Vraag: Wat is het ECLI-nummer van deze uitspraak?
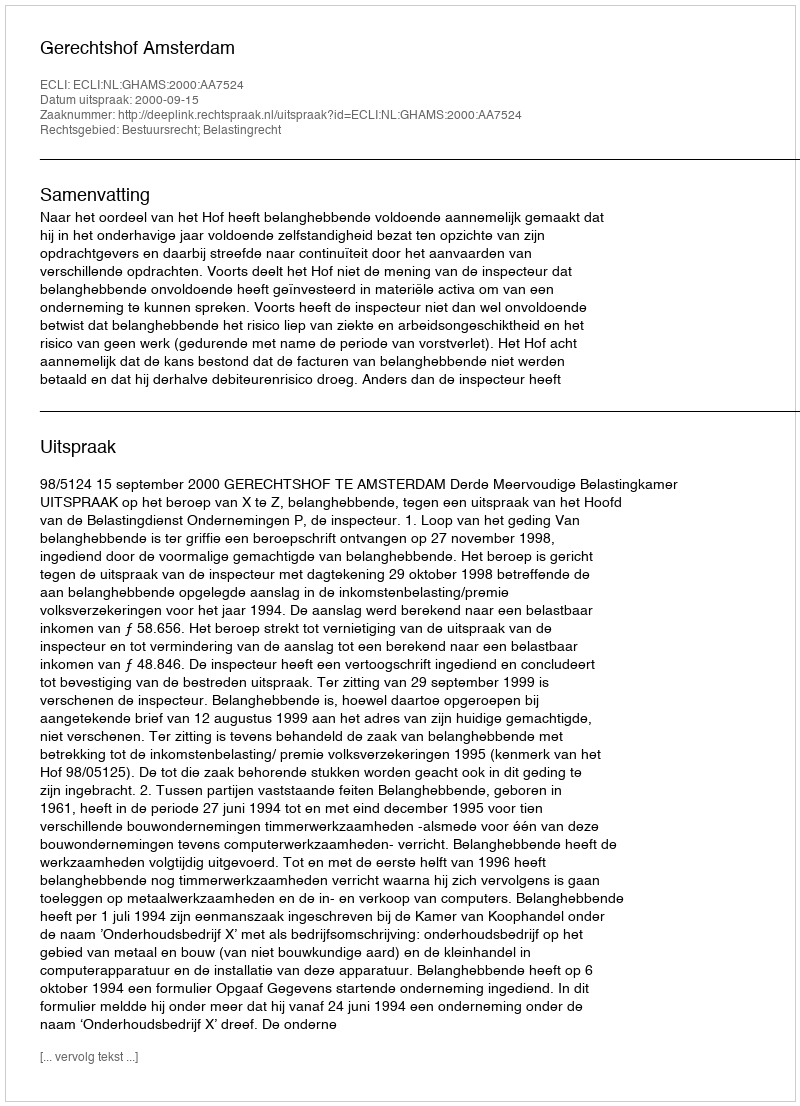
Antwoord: ECLI:NL:GHAMS:2000:AA7524